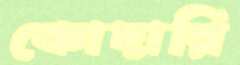
কোদারি